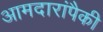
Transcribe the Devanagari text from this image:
आमदारांपैकी